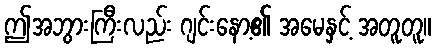
ဤအဘွားကြီးလည်း ဂျင်းနော့၏ အမေနှင့် အတူတူ။